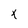
Character: x